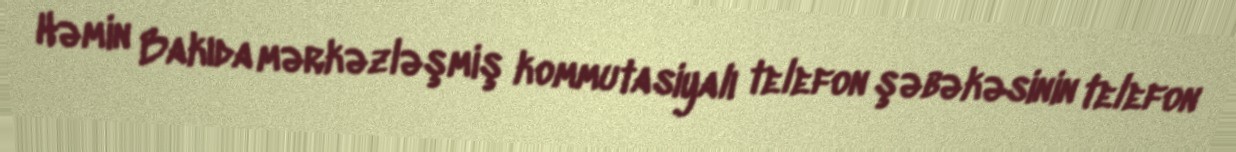
Həmin Bakıda mərkəzləşmiş kommutasiyalı telefon şəbəkəsinin telefon